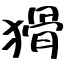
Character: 猾